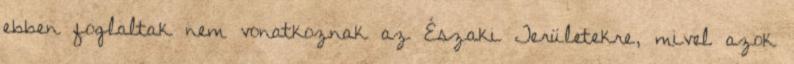
ebben foglaltak nem vonatkoznak az Északi Területekre, mivel azok